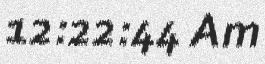
12:22:44 Am